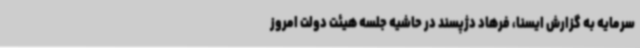
سرمایه به گزارش ایسنا، فرهاد دژپسند در حاشیه جلسه هیئت دولت امروز